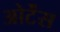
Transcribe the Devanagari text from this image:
ओर्टेंस